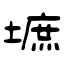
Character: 墌